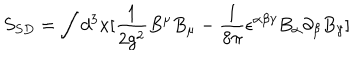
LaTeX: S _ { S D } = \int d ^ { 3 } x [ \frac { 1 } { 2 g ^ { 2 } } B ^ { \mu } B _ { \mu } - \frac { 1 } { 8 \pi } \epsilon ^ { \alpha \beta \gamma } B _ { \alpha } \partial _ { \beta } B _ { \gamma } ]